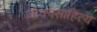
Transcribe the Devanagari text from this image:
जीवनसाहित्य